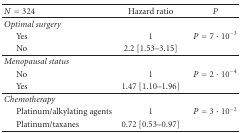
<table><thead><tr><td><b><i>N</i> = 324</b></td><td><b>Hazard ratio</b></td><td><b><i>P</i></b></td></tr></thead><tbody><tr><td><i>Optimal surgery</i></td><td></td><td></td></tr><tr><td>Yes</td><td> 1</td><td><i>P</i> = 7 · 10<sup>−3</sup></td></tr><tr><td>No</td><td> 2.2 [1.53–3.15]</td><td></td></tr><tr><td><i>Menopausal status</i></td><td></td><td></td></tr><tr><td>No</td><td> 1</td><td><i>P</i> = 2 · 10<sup>−4</sup></td></tr><tr><td>Yes</td><td> 1.47 [1.10–1.96]</td><td></td></tr><tr><td><i>Chemotherapy </i></td><td></td><td></td></tr><tr><td>Platinum/alkylating agents</td><td> 1</td><td><i>P</i> = 3 · 10<sup>−2</sup></td></tr><tr><td>Platinum/taxanes</td><td> 0.72 [0.53–0.97]</td><td></td></tr></tbody></table>